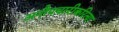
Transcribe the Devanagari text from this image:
अनौपचारीकरित्या